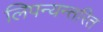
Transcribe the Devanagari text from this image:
लिपन्यन्तरित